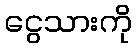
ငွေသားကို